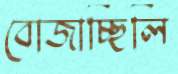
বোজাচ্ছিলি